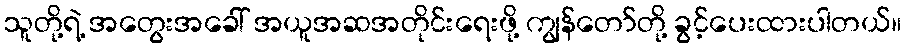
သူတို့ရဲ့ အတွေးအခေါ် အယူအဆအတိုင်းရေးဖို့ ကျွန်တော်တို့ ခွင့်ပေးထားပါတယ်။